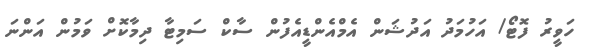
ހަވީރު ފޮޓޯ/ އަހުމަދު އަދުޝަން އެމްއެންޑީއެފުން ސާކް ސަމިޓާ ދިމާކޮށް ވަމުން އަންނަ